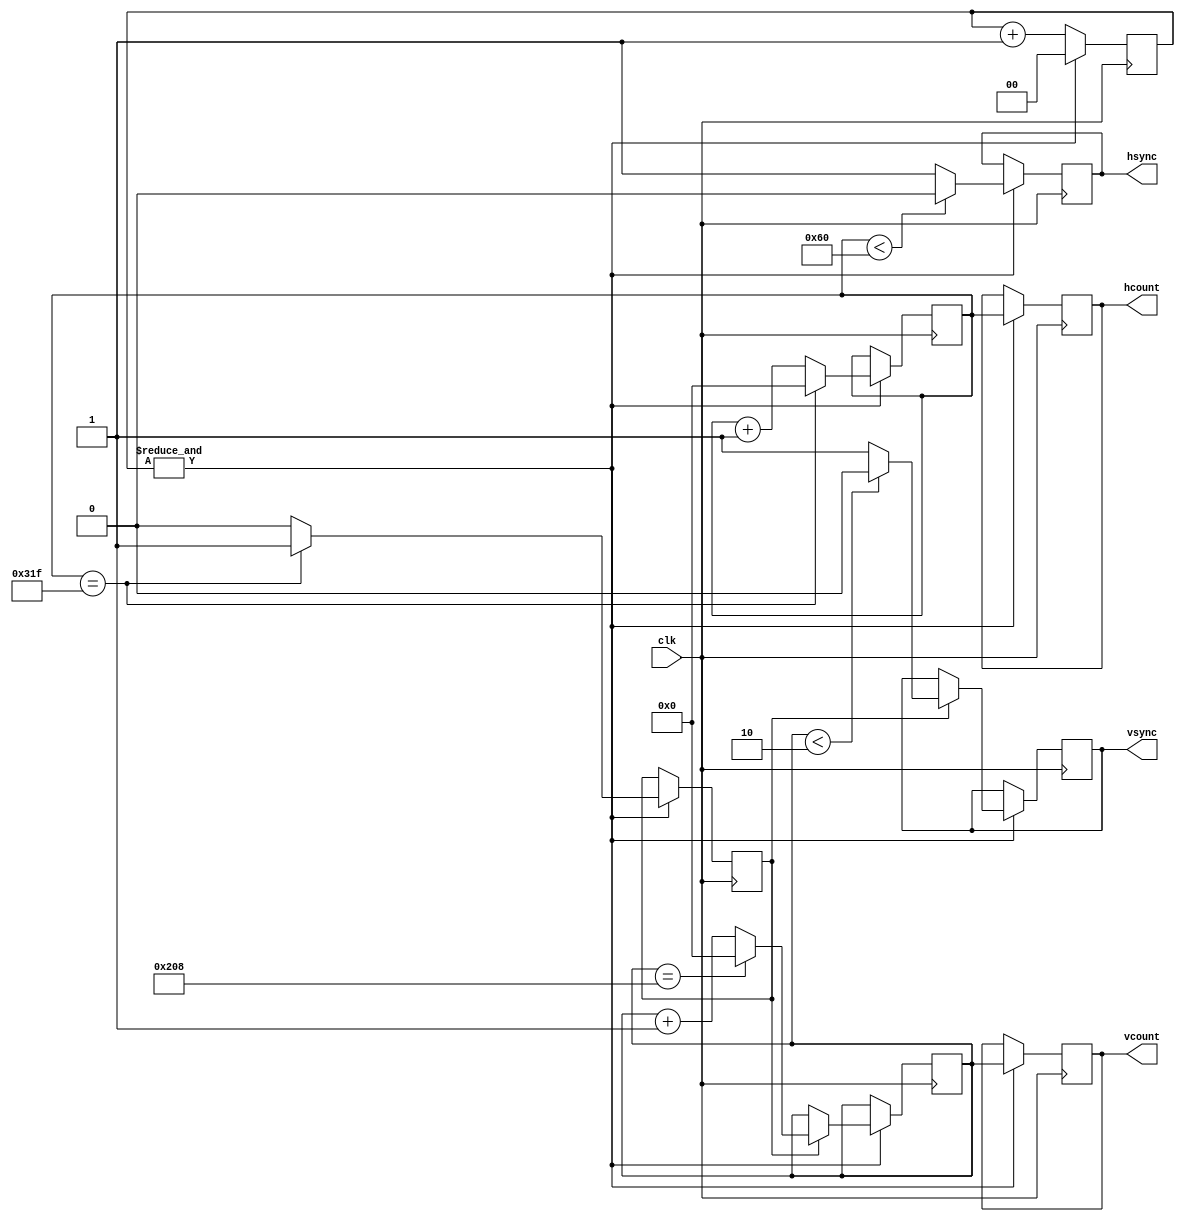

module VGA_Driver(
	input clk,                  // Input clock signal 100Mhz
	output reg hsync,           // Horizontal Sync signal
	output reg vsync,           // Vertical Sync signal
	output reg [9:0] hcount,    // Passed to Main Module (YoDawg) for housekeeping
	output reg [9:0] vcount     // As above.
);
	 
reg [1:0]Count;                // Used to generate 25Mhz clock
reg ven = 0;                   // Set high when hcount reaches 799 - enables vcount to increment
reg [9:0]hc;                   // Housekeeping - keep track of horizontal pixel position
reg [9:0]vc;                   // Keep track of verical pixel row position

always @(posedge clk) begin
Count <= Count + 1'b1;

if(&Count) begin 
	hcount = hc;                  // Pass to YoDawg
	vcount = vc;               
	Count <= 0;
	
	if (hc == 799) begin          // End of back porch
		ven <= 1'b1;               // Enable vc to increment 
		hc  <= 0;		            // Reset to beginning of the row
	end
	else begin
		hc  <= hc + 1'b1;          // Or keep moving along the row
		ven <= 0;                  // Block vc from incrementing
	end
	
	if (hc < 96) begin            // Horizontal Sync pulse kept LOW for 96 "pixels"
		hsync <= 1'b0;
	end
	else begin 
		hsync <= 1'b1;              // Kept HIGH for the rest of the row
	end 
	
   if (ven == 1'b1) begin         
		if (vc == 520) begin       // End of display back porch
			vc <= 0;                // Rest to beginning of the frame
		end
	else begin
		vc <= vc + 1'b1;           // Or kep moving down the vertical dimension of the display
	end
	
	if (vc < 2) begin             // Vertical Sync pulse kept LOW for 2 "rows"
		vsync <= 1'b0;
	end
	else begin 
		vsync <= 1'b1;             // Kept HIGH for the rest of the display
	end 
end

end

end


endmodule